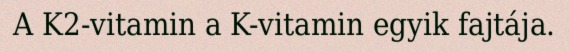
A K2-vitamin a K-vitamin egyik fajtája.